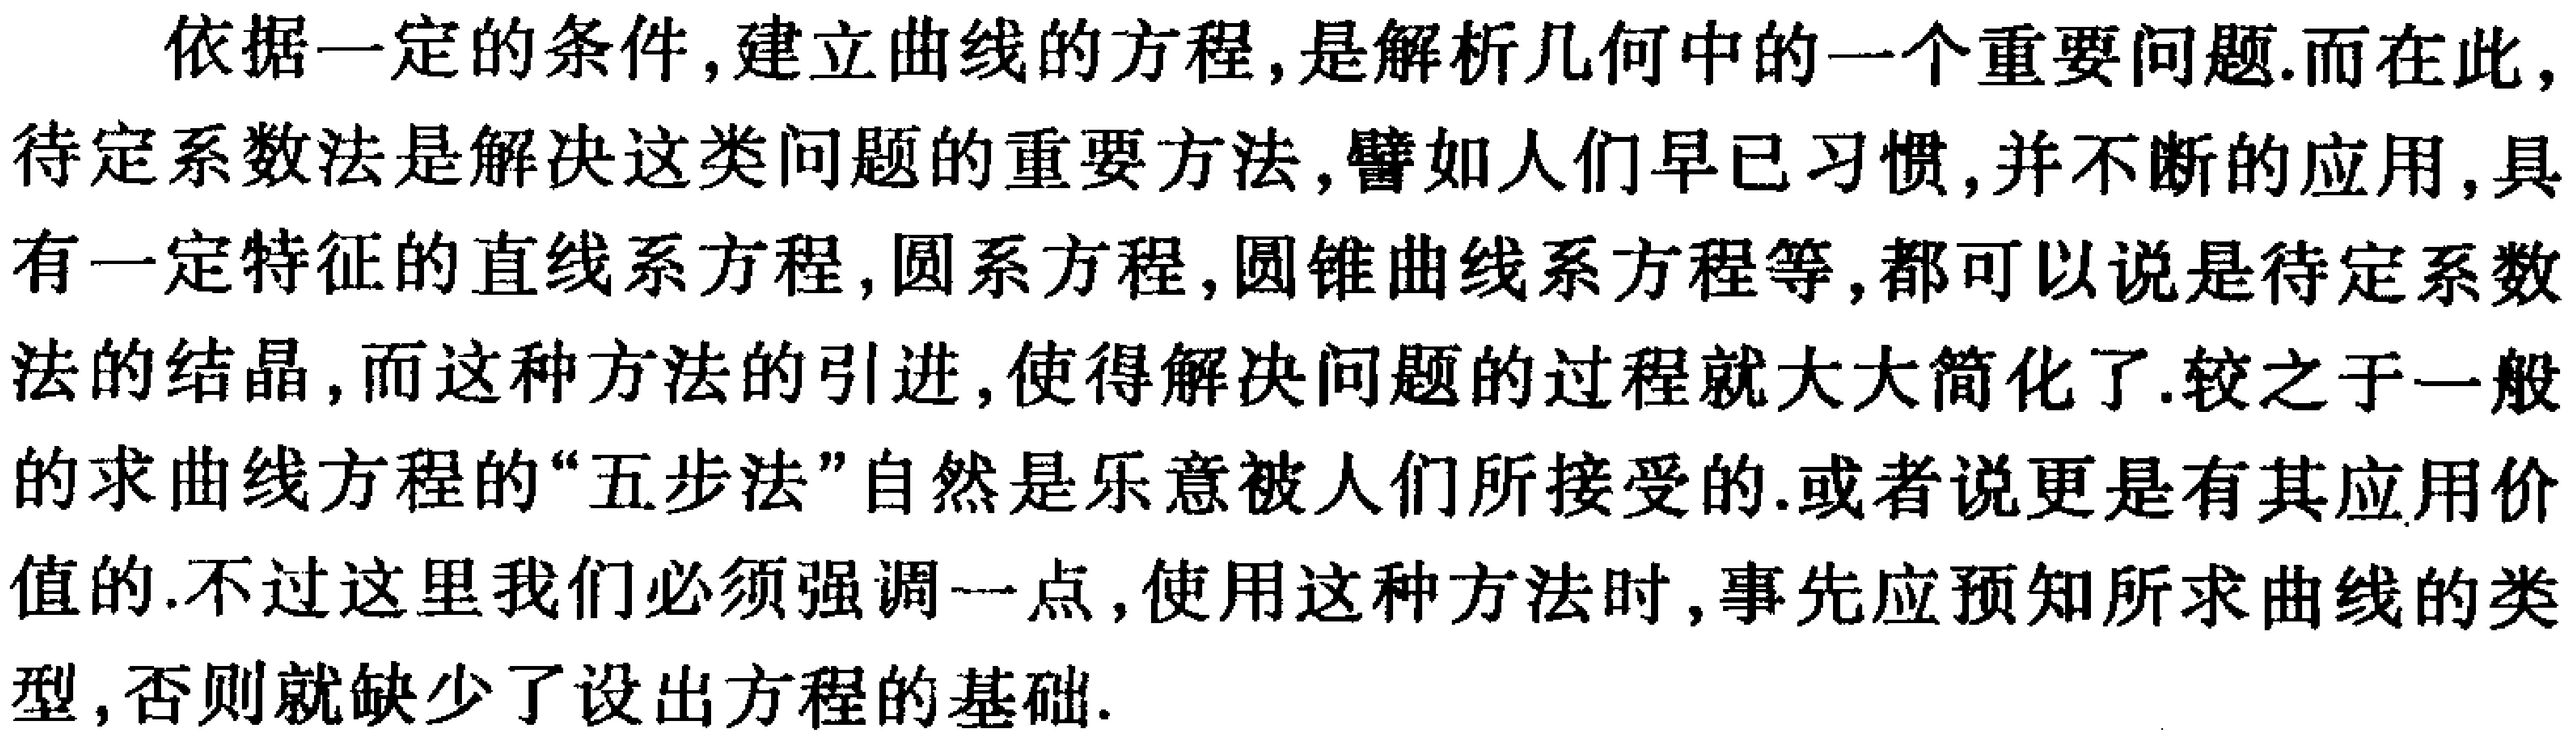
依据一定的条件,建立曲线的方程,是解析几何中的一个重要问题.而在此,待定系数法是解决这类问题的重要方法,譬如人们早已习惯,并不断的应用,具有一定特征的直线系方程,圆系方程,圆锥曲线系方程等,都可以说是待定系数法的结晶,而这种方法的引进,使得解决问题的过程就大大简化了.较之于一般的求曲线方程的“五步法”自然是乐意被人们所接受的.或者说更是有其应用价值的.不过这里我们必须强调一点,使用这种方法时,事先应预知所求曲线的类型,否则就缺少了设出方程的基础.